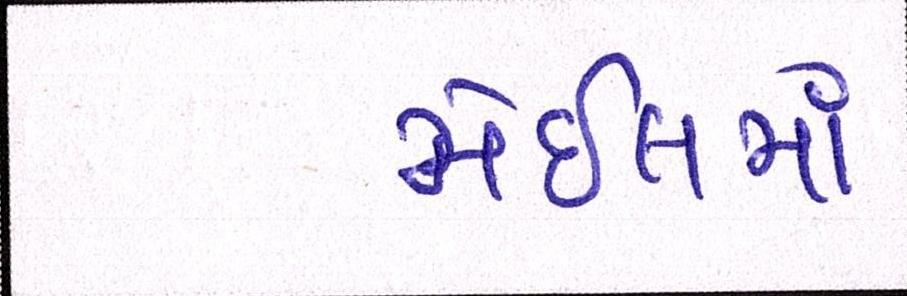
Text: મેઇલમાં